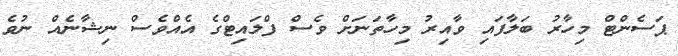
ޕަސެންޓް މިހާރު ބަލާފައި ވާއިރު މިހާތަނަށް ވެސް ފްލައިޓްގެ އެއްވެސް ނިޝާނެއް ނުވެ